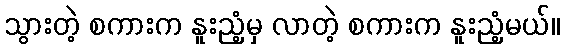
သွားတဲ့ စကားက နူးညံ့မှ လာတဲ့ စကားက နူးညံ့မယ်။